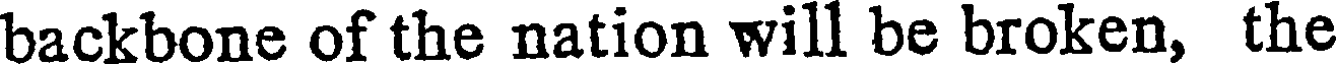
backbone of the nation will be broken, the